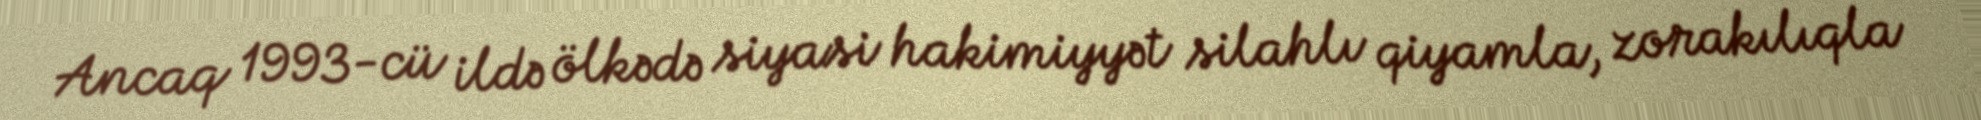
Ancaq 1993-cü ildə ölkədə siyasi hakimiyyət silahlı qiyamla, zorakılıqla